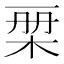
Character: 𣑨